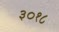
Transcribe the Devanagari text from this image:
३०१८